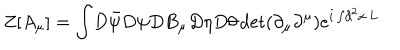
LaTeX: Z [ A _ { \mu } ] = \int \! D \bar { \psi } D \psi D B _ { \mu } D \eta D \theta \det ( \partial _ { \mu } \partial ^ { \mu } ) e ^ { i \int \! d ^ { 2 } x \, L }